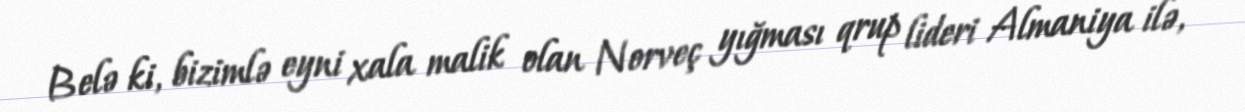
Belə ki, bizimlə eyni xala malik olan Norveç yığması qrup lideri Almaniya ilə,